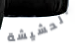
الحشيشة